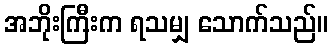
အဘိုးကြီးက ရသမျှ သောက်သည်။